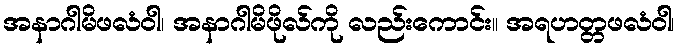
အနာဂါမိဖလံဝါ၊ အနာဂါမိဖိုလ်ကို လည်းကောင်း။ အရဟတ္တဖလံဝါ၊